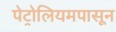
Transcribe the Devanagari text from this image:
पेट्रोलियमपासून